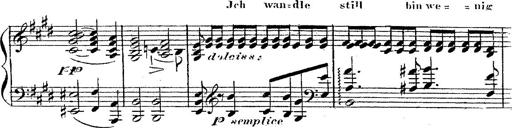
Title: 12 Lieder von Franz Schubert
Composer: Franz Liszt